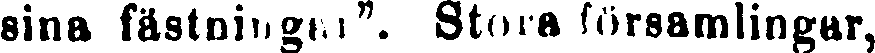
sina fästningar". Stora församlingar,